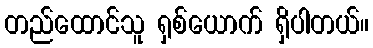
တည်ထောင်သူ ရှစ်ယောက် ရှိပါတယ်။